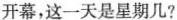
开幕，这一天是星期几?